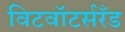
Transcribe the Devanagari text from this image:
विटवॉटर्सरँड